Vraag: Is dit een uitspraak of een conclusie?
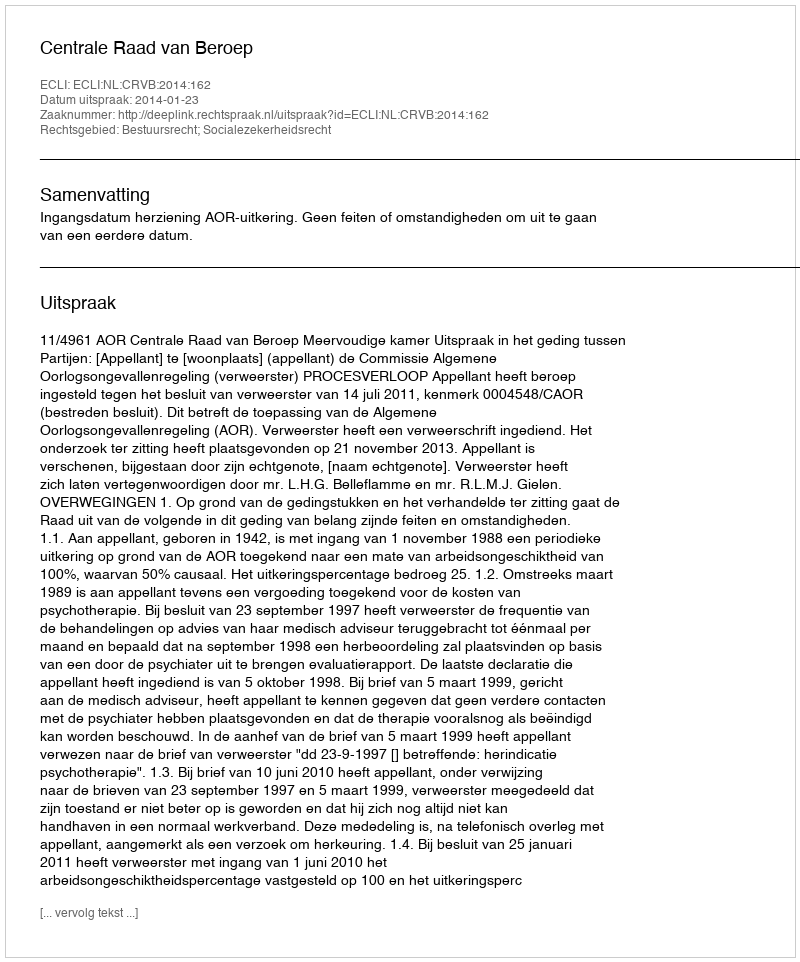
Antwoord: Uitspraak